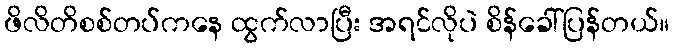
ဖိလိတိစစ်တပ်ကနေ ထွက်လာပြီး အရင်လိုပဲ စိန်ခေါ်ပြန်တယ်။